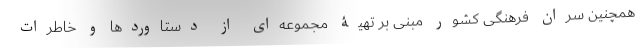
همچنین سران فرهنگی کشور مبنی بر تهیۀ مجموعه‌ای از دستاوردها و خاطرات